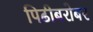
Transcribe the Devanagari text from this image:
पिढीबरोबर